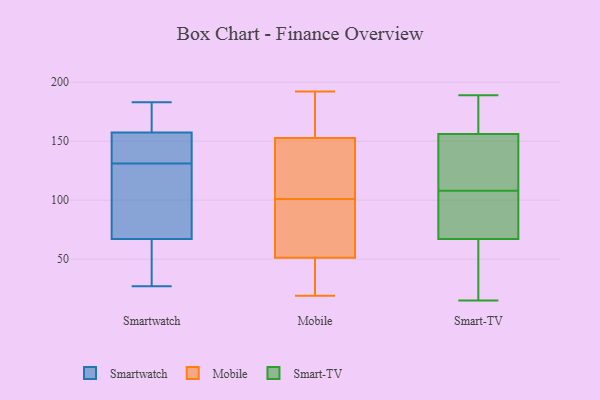
{"axis": {"x": "Customer Acquisition Cost (USD)", "y": "Value"}, "legend": ["Mobile", "Smart-TV", "Smartwatch"], "data": [{"x": "", "y": 158, "type": "Smartwatch"}, {"x": "", "y": 70, "type": "Smartwatch"}, {"x": "", "y": 140, "type": "Smartwatch"}, {"x": "", "y": 131, "type": "Smartwatch"}, {"x": "", "y": 40, "type": "Smartwatch"}, {"x": "", "y": 155, "type": "Smartwatch"}, {"x": "", "y": 82, "type": "Smartwatch"}, {"x": "", "y": 183, "type": "Smartwatch"}, {"x": "", "y": 27, "type": "Smartwatch"}, {"x": "", "y": 173, "type": "Smartwatch"}, {"x": "", "y": 66, "type": "Smartwatch"}, {"x": "", "y": 19, "type": "Mobile"}, {"x": "", "y": 67, "type": "Mobile"}, {"x": "", "y": 46, "type": "Mobile"}, {"x": "", "y": 42, "type": "Mobile"}, {"x": "", "y": 183, "type": "Mobile"}, {"x": "", "y": 101, "type": "Mobile"}, {"x": "", "y": 112, "type": "Mobile"}, {"x": "", "y": 158, "type": "Mobile"}, {"x": "", "y": 89, "type": "Mobile"}, {"x": "", "y": 159, "type": "Mobile"}, {"x": "", "y": 29, "type": "Mobile"}, {"x": "", "y": 192, "type": "Mobile"}, {"x": "", "y": 124, "type": "Mobile"}, {"x": "", "y": 87, "type": "Mobile"}, {"x": "", "y": 137, "type": "Mobile"}, {"x": "", "y": 108, "type": "Smart-TV"}, {"x": "", "y": 158, "type": "Smart-TV"}, {"x": "", "y": 150, "type": "Smart-TV"}, {"x": "", "y": 182, "type": "Smart-TV"}, {"x": "", "y": 81, "type": "Smart-TV"}, {"x": "", "y": 17, "type": "Smart-TV"}, {"x": "", "y": 112, "type": "Smart-TV"}, {"x": "", "y": 67, "type": "Smart-TV"}, {"x": "", "y": 189, "type": "Smart-TV"}, {"x": "", "y": 67, "type": "Smart-TV"}, {"x": "", "y": 187, "type": "Smart-TV"}, {"x": "", "y": 107, "type": "Smart-TV"}, {"x": "", "y": 15, "type": "Smart-TV"}, {"x": "", "y": 122, "type": "Smart-TV"}, {"x": "", "y": 32, "type": "Smart-TV"}]}